Indian journal of veterinary science and animal husbandry - Volume 5,
Year: 1935
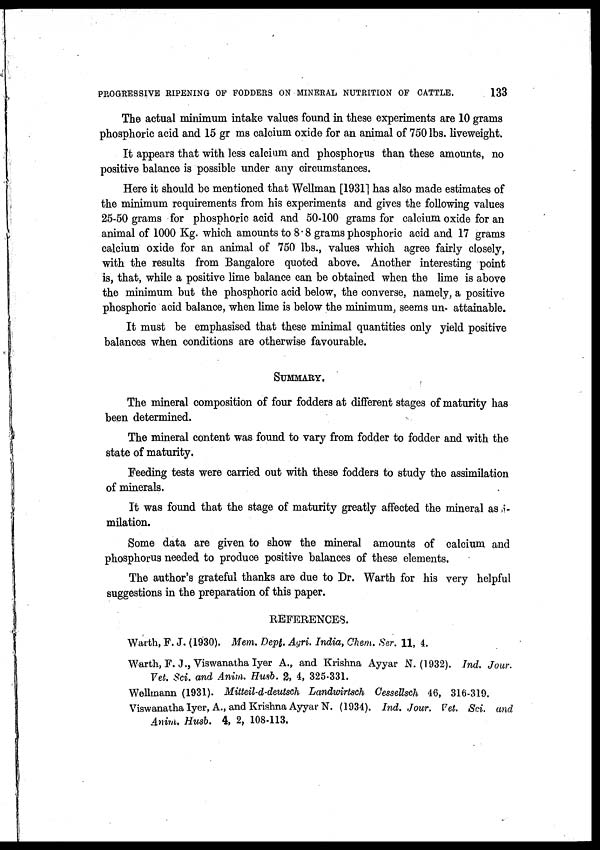
PROGRESSIVE RIPENING OF FODDERS ON MINERAL NUTRITION OF CATTLE.
133
The actual minimum intake values found in these experiments are 10 grams
phosphoric acid and 15 gr ms calcium oxide for an animal of 750 lbs. liveweight.
It appears that with less calcium and phosphorus than these amounts, no
positive balance is possible under any circumstances.
Here it should be mentioned that Wellman [1931] has also made estimates of
the minimum requirements from his experiments and gives the following values
25-50 grams for phosphoric acid and 50-100 grams for calcium oxide for an
animal of 1000 Kg. which amounts to 8.8 grams phosphoric acid and 17 grams
calcium oxide for an animal of 750 lbs., values which agree fairly closely,
with the results from Bangalore quoted above. Another interesting point
is, that, while a positive lime balance can be obtained when the lime is above
the minimum but the phosphoric acid below, the converse, namely, a positive
phosphoric acid balance, when lime is below the minimum, seems un- attainable.
It must be emphasised that these minimal quantities only yield positive
balances when conditions are otherwise favourable.
SUMMARY.
The mineral composition of four fodders at different stages of maturity has
been determined.
The mineral content was found to vary from fodder to fodder and with the
state of maturity.
Feeding tests were carried out with these fodders to study the assimilation
of minerals.
It was found that the stage of maturity greatly affected the mineral as
milation.
Some data are given to show the mineral amounts of calcium and
phosphorus needed to produce positive balances of these elements.
The author's grateful thanks are due to Dr. Warth for his very helpful
suggestions in the preparation of this paper.
REFERENCES.
Warth, F. J. (1930). Mem. Dept. Agri. India, Chem. Ser. 11, 4.
Warth, F. J., Viswanatha Iyer A., and Krishna Ayyar N. (1932). Ind. Jour.
Vet. Sci. and Anim. Husb. 2, 4, 325-331.
Wellmann (1931). Mitteil-d-deutsch Landwirtsch Cessellsch 46, 316-319.
Viswanatha Iyer, A., and Krishna Ayyar N. (1934). Ind. Jour. Vet. Sci. and
Anim. Husb. 4, 2, 108-113.